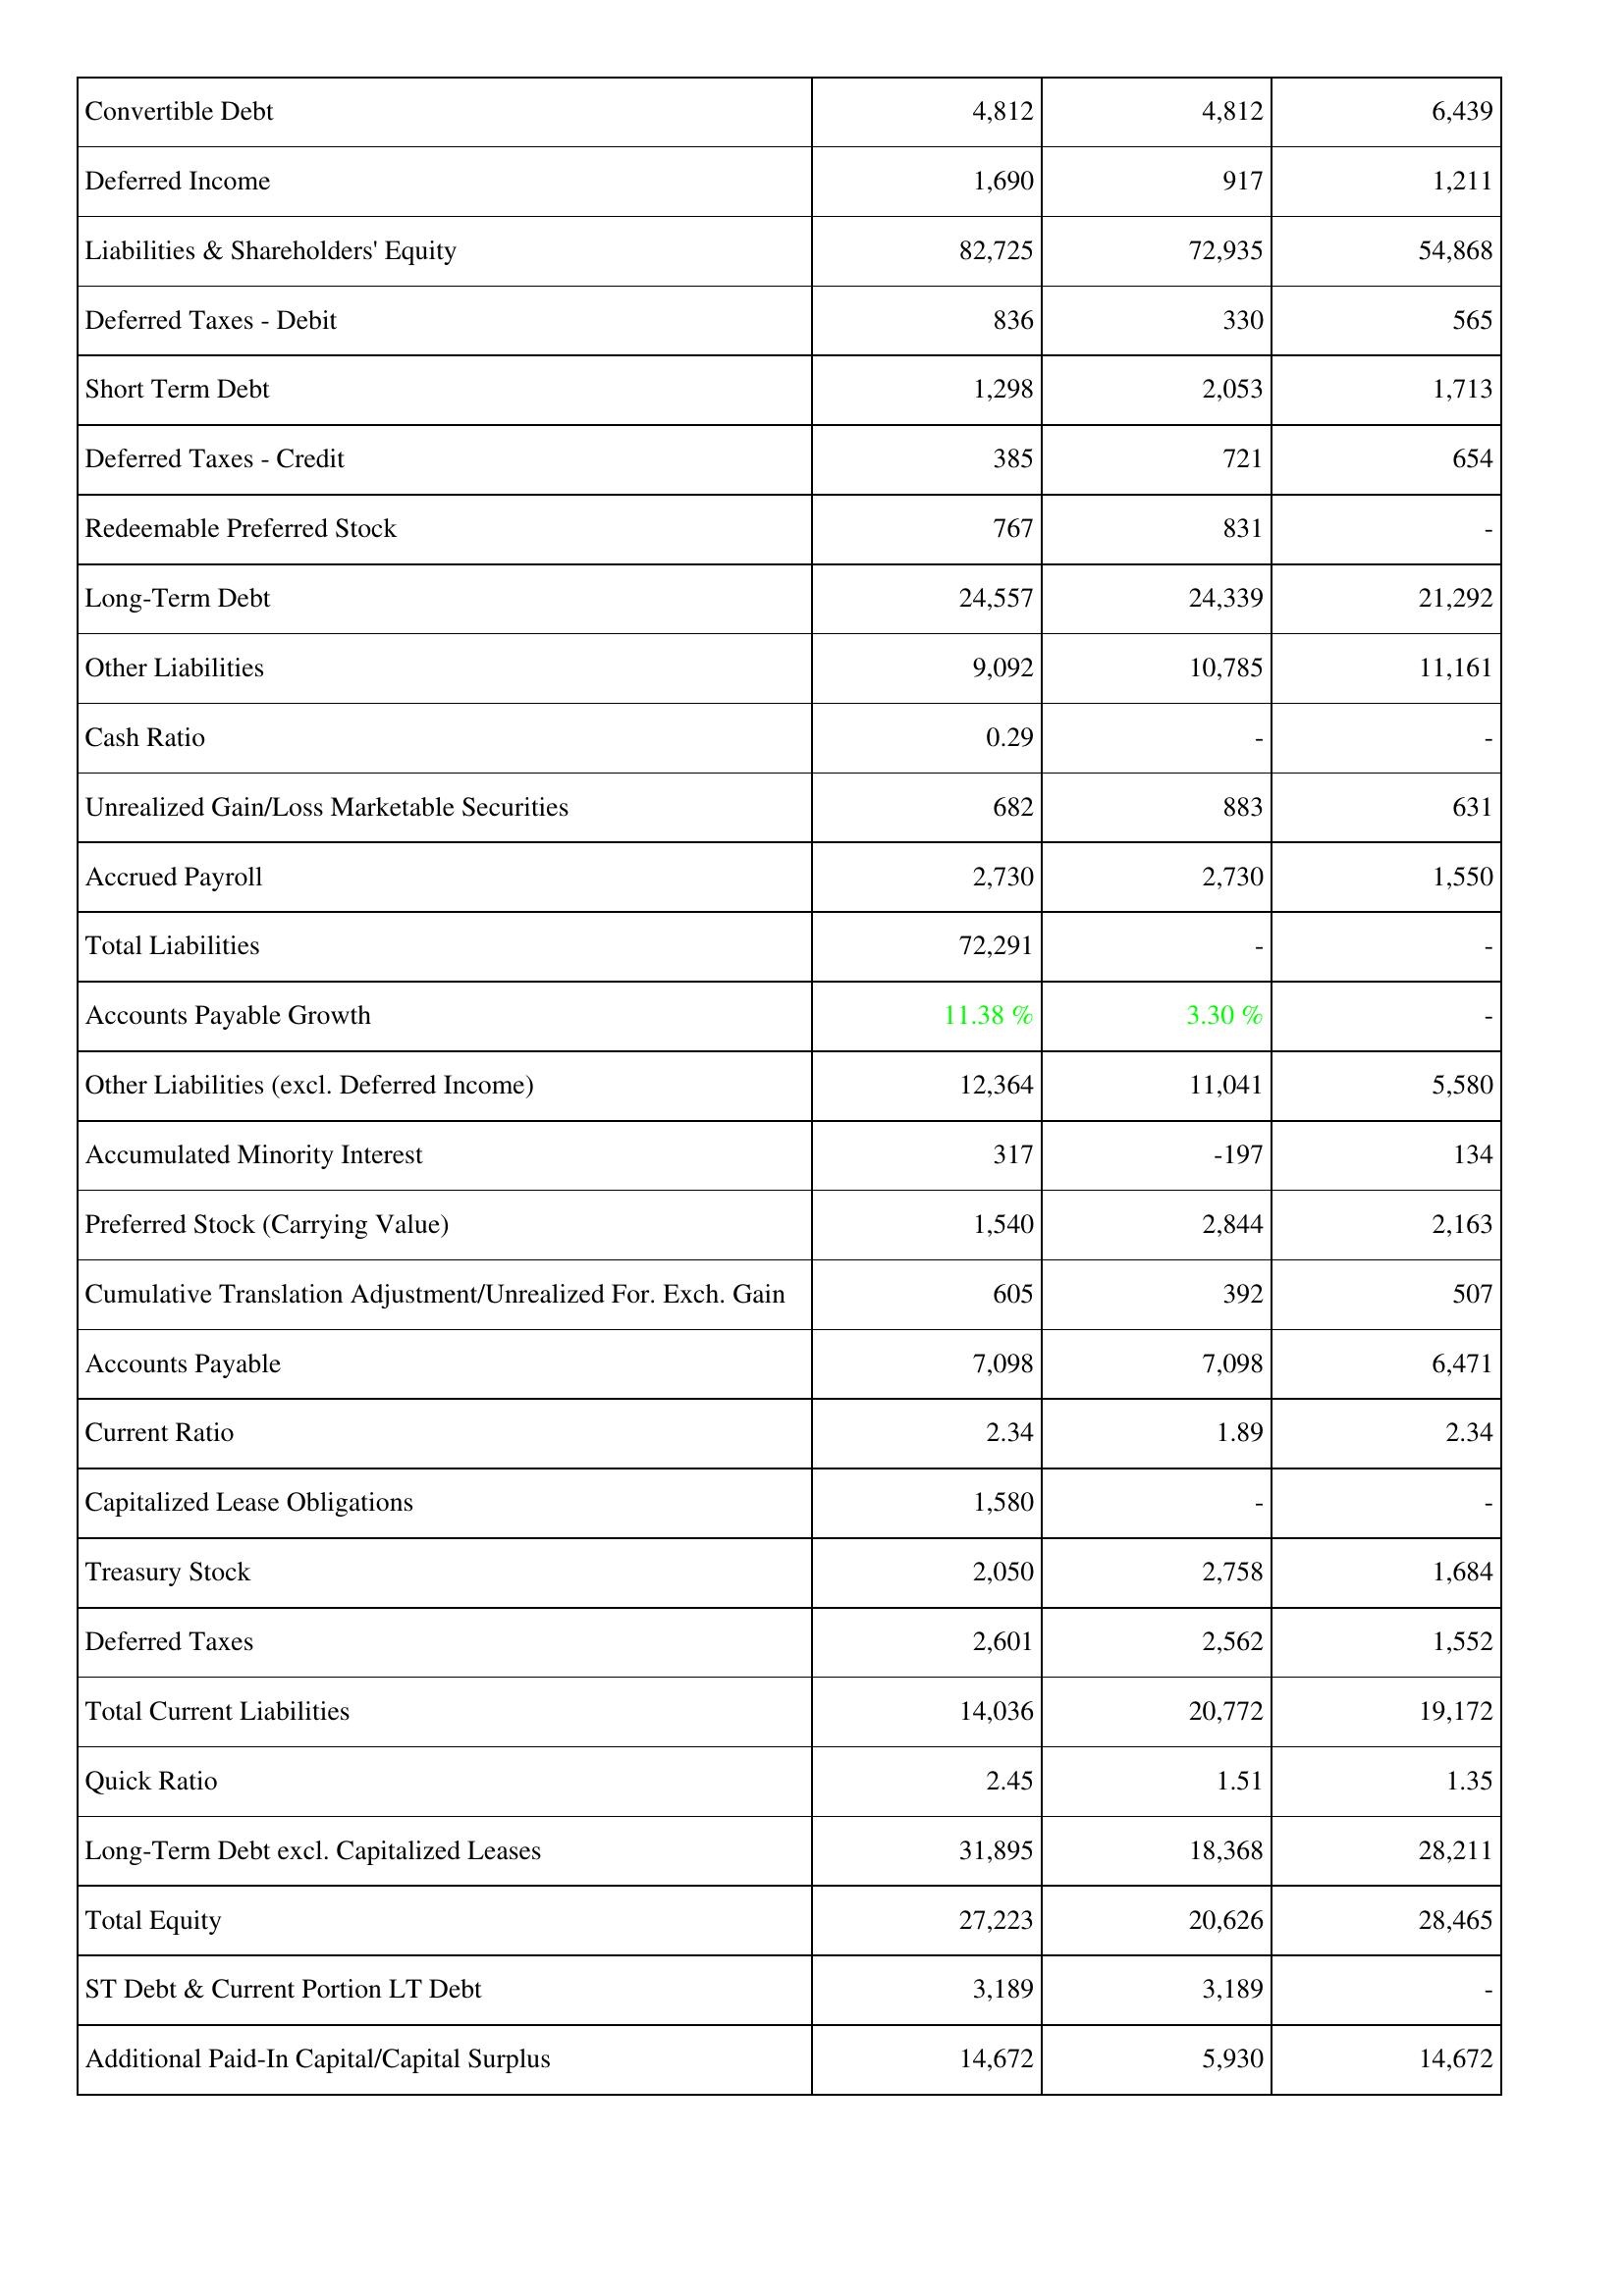
2020: Liabilities & Shareholders' Equity: Convertible Debt: 4,812
Deferred Income: 1,690
Liabilities & Shareholders' Equity: 82,725
Deferred Taxes - Debit: 836
Short Term Debt: 1,298
Deferred Taxes - Credit: 385
Redeemable Preferred Stock: 767
Long-Term Debt: 24,557
Other Liabilities: 9,092
Cash Ratio: 0.29
Unrealized Gain/Loss Marketable Securities: 682
Accrued Payroll: 2,730
Total Liabilities: 72,291
Accounts Payable Growth: 11.38 %
Other Liabilities (excl. Deferred Income): 12,364
Accumulated Minority Interest: 317
Preferred Stock (Carrying Value): 1,540
Cumulative Translation Adjustment/Unrealized For. Exch. Gain: 605
Accounts Payable: 7,098
Current Ratio: 2.34
Capitalized Lease Obligations: 1,580
Treasury Stock: 2,050
Deferred Taxes: 2,601
Total Current Liabilities: 14,036
Quick Ratio: 2.45
Long-Term Debt excl. Capitalized Leases: 31,895
Total Equity: 27,223
ST Debt & Current Portion LT Debt: 3,189
Additional Paid-In Capital/Capital Surplus: 14,672
2021: Liabilities & Shareholders' Equity: Convertible Debt: 4,812
Deferred Income: 917
Liabilities & Shareholders' Equity: 72,935
Deferred Taxes - Debit: 330
Short Term Debt: 2,053
Deferred Taxes - Credit: 721
Redeemable Preferred Stock: 831
Long-Term Debt: 24,339
Other Liabilities: 10,785
Cash Ratio: -
Unrealized Gain/Loss Marketable Securities: 883
Accrued Payroll: 2,730
Total Liabilities: -
Accounts Payable Growth: 3.30 %
Other Liabilities (excl. Deferred Income): 11,041
Accumulated Minority Interest: -197
Preferred Stock (Carrying Value): 2,844
Cumulative Translation Adjustment/Unrealized For. Exch. Gain: 392
Accounts Payable: 7,098
Current Ratio: 1.89
Capitalized Lease Obligations: -
Treasury Stock: 2,758
Deferred Taxes: 2,562
Total Current Liabilities: 20,772
Quick Ratio: 1.51
Long-Term Debt excl. Capitalized Leases: 18,368
Total Equity: 20,626
ST Debt & Current Portion LT Debt: 3,189
Additional Paid-In Capital/Capital Surplus: 5,930
2022: Liabilities & Shareholders' Equity: Convertible Debt: 6,439
Deferred Income: 1,211
Liabilities & Shareholders' Equity: 54,868
Deferred Taxes - Debit: 565
Short Term Debt: 1,713
Deferred Taxes - Credit: 654
Redeemable Preferred Stock: -
Long-Term Debt: 21,292
Other Liabilities: 11,161
Cash Ratio: -
Unrealized Gain/Loss Marketable Securities: 631
Accrued Payroll: 1,550
Total Liabilities: -
Accounts Payable Growth: -
Other Liabilities (excl. Deferred Income): 5,580
Accumulated Minority Interest: 134
Preferred Stock (Carrying Value): 2,163
Cumulative Translation Adjustment/Unrealized For. Exch. Gain: 507
Accounts Payable: 6,471
Current Ratio: 2.34
Capitalized Lease Obligations: -
Treasury Stock: 1,684
Deferred Taxes: 1,552
Total Current Liabilities: 19,172
Quick Ratio: 1.35
Long-Term Debt excl. Capitalized Leases: 28,211
Total Equity: 28,465
ST Debt & Current Portion LT Debt: -
Additional Paid-In Capital/Capital Surplus: 14,672